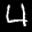
Label: 4